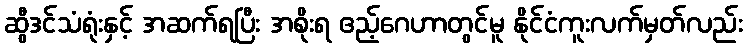
ဆွီဒင်သံရုံးနှင့် အဆက်ရပြီး အစိုးရ ဧည့်ဂေဟာတွင်မူ နိုင်ငံကူးလက်မှတ်လည်း